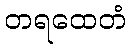
တရထေတံ